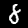
Label: 8